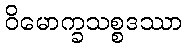
ဝိမောက္ခသစ္စဒဿာ